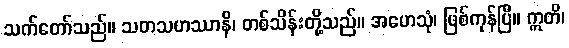
သက်တော်သည်။ သတသဟဿာနိ၊ တစ်သိန်းတို့သည်။ အဟေသုံ၊ ဖြစ်ကုန်ပြီ။ ဣတိ၊